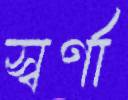
স্বর্ণা